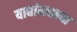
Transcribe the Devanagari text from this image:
याद्यांमधल्या